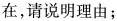
在，请说明理由；